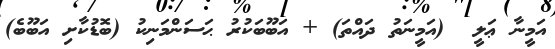
އަމީނާ ޢަލީ  (އަމީނަތު ދައްތަ) + އަބޫބަކުރު ޙަސަންމަނިކު (ބޮޑުކާށި އަބޫބެ)